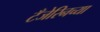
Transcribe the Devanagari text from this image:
टँजेरिनच्या